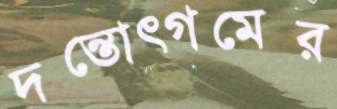
দন্তোত্গমের